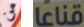
من قناعا